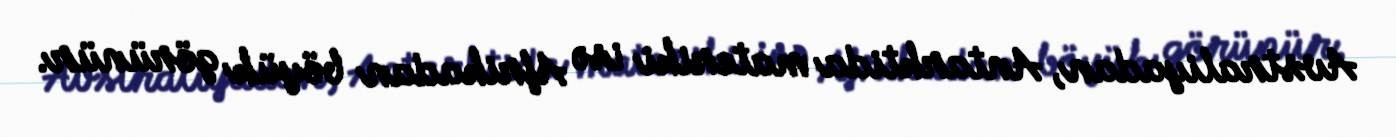
Avstraliyadan, Antarktida materiki isə Afrikadan böyük görünür.